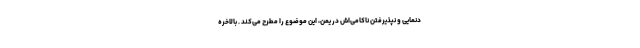
دنمایی و نپذیرفتن ناکامی‌اش در یمن، این موضوع را مطرح می‌کند . بالاخره